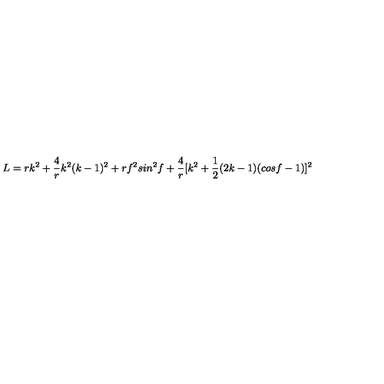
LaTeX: L = r k ^ { 2 } + \frac { 4 } { r } k ^ { 2 } ( k - 1 ) ^ { 2 } + r f ^ { 2 } s i n ^ { 2 } f + \frac { 4 } { r } [ k ^ { 2 } + \frac { 1 } { 2 } ( 2 k - 1 ) ( c o s f - 1 ) ] ^ { 2 }